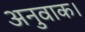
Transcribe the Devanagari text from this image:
अनुवाक।